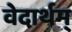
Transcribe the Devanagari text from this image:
वेदार्थम्